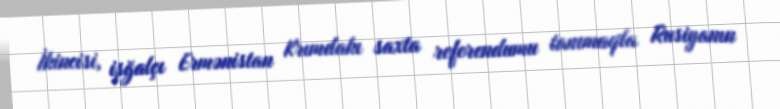
İkincisi, işğalçı Ermənistan Krımdakı saxta referendumu tanımaqla Rusiyanın